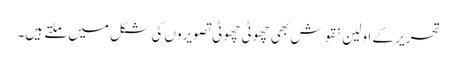
تحریر کے اولین نقوش بھی چھوٹی چھوٹی تصویروں کی شکل میں ملتے ہیں۔